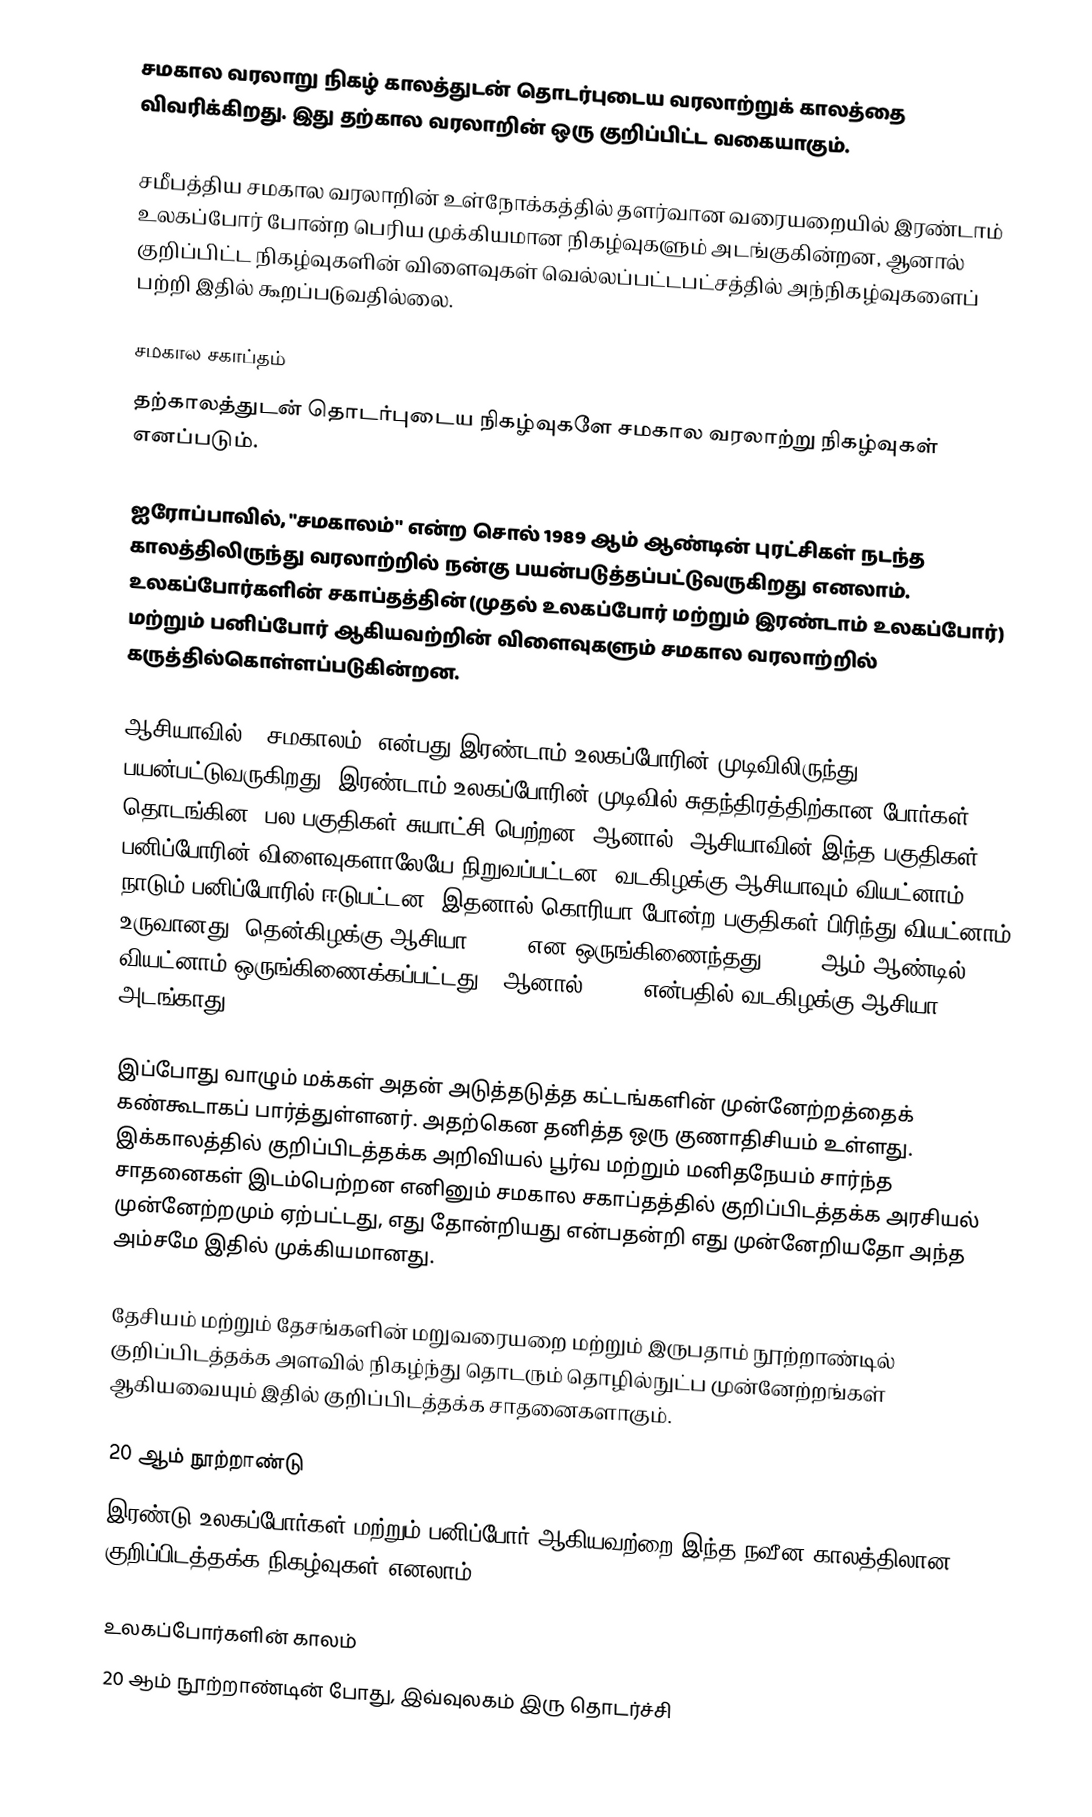
சமகால வரலாறு நிகழ் காலத்துடன் தொடர்புடைய வரலாற்றுக் காலத்தை விவரிக்கிறது. இது தற்கால வரலாறின் ஒரு குறிப்பிட்ட வகையாகும்.

சமீபத்திய சமகால வரலாறின் உள்நோக்கத்தில் தளர்வான வரையறையில் இரண்டாம் உலகப்போர் போன்ற பெரிய முக்கியமான நிகழ்வுகளும் அடங்குகின்றன, ஆனால் குறிப்பிட்ட நிகழ்வுகளின் விளைவுகள் வெல்லப்பட்டபட்சத்தில் அந்நிகழ்வுகளைப் பற்றி இதில் கூறப்படுவதில்லை.

சமகால சகாப்தம்
தற்காலத்துடன் தொடர்புடைய நிகழ்வுகளே சமகால வரலாற்று நிகழ்வுகள் எனப்படும்.

ஐரோப்பாவில், "சமகாலம்" என்ற சொல் 1989 ஆம் ஆண்டின் புரட்சிகள் நடந்த காலத்திலிருந்து வரலாற்றில் நன்கு பயன்படுத்தப்பட்டுவருகிறது எனலாம். உலகப்போர்களின் சகாப்தத்தின் (முதல் உலகப்போர் மற்றும் இரண்டாம் உலகப்போர்) மற்றும் பனிப்போர் ஆகியவற்றின் விளைவுகளும் சமகால வரலாற்றில் கருத்தில்கொள்ளப்படுகின்றன.

ஆசியாவில், "சமகாலம்" என்பது இரண்டாம் உலகப்போரின் முடிவிலிருந்து பயன்பட்டுவருகிறது. இரண்டாம் உலகப்போரின் முடிவில் சுதந்திரத்திற்கான போர்கள் தொடங்கின, பல பகுதிகள் சுயாட்சி பெற்றன. ஆனால், ஆசியாவின் இந்த பகுதிகள் பனிப்போரின் விளைவுகளாலேயே நிறுவப்பட்டன. வடகிழக்கு ஆசியாவும் வியட்னாம் நாடும் பனிப்போரில் ஈடுபட்டன, இதனால் கொரியா போன்ற பகுதிகள் பிரிந்து வியட்னாம் உருவானது. தென்கிழக்கு ஆசியா ASEAN என ஒருங்கிணைந்தது (1976 ஆம் ஆண்டில் வியட்னாம் ஒருங்கிணைக்கப்பட்டது), ஆனால் ASEAN என்பதில் வடகிழக்கு ஆசியா அடங்காது.

இப்போது வாழும் மக்கள் அதன் அடுத்தடுத்த கட்டங்களின் முன்னேற்றத்தைக் கண்கூடாகப் பார்த்துள்ளனர். அதற்கென தனித்த ஒரு குணாதிசியம் உள்ளது. இக்காலத்தில் குறிப்பிடத்தக்க அறிவியல் பூர்வ மற்றும் மனிதநேயம் சார்ந்த சாதனைகள் இடம்பெற்றன எனினும் சமகால சகாப்தத்தில் குறிப்பிடத்தக்க அரசியல் முன்னேற்றமும் ஏற்பட்டது, எது தோன்றியது என்பதன்றி எது முன்னேறியதோ அந்த அம்சமே இதில் முக்கியமானது.

தேசியம் மற்றும் தேசங்களின் மறுவரையறை மற்றும் இருபதாம் நூற்றாண்டில் குறிப்பிடத்தக்க அளவில் நிகழ்ந்து தொடரும் தொழில்நுட்ப முன்னேற்றங்கள் ஆகியவையும் இதில் குறிப்பிடத்தக்க சாதனைகளாகும்.

20 ஆம் நூற்றாண்டு
இரண்டு உலகப்போர்கள் மற்றும் பனிப்போர் ஆகியவற்றை இந்த நவீன காலத்திலான குறிப்பிடத்தக்க நிகழ்வுகள் எனலாம்.

உலகப்போர்களின் காலம்
20 ஆம் நூற்றாண்டின் போது, இவ்வுலகம் இரு தொடர்ச்சி